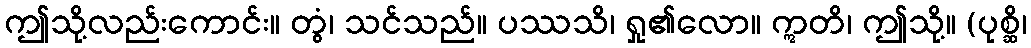
ဤသို့လည်းကောင်း။ တွံ၊ သင်သည်။ ပဿသိ၊ ရှု၏လော။ ဣတိ၊ ဤသို့။ (ပုစ္ဆိ၊